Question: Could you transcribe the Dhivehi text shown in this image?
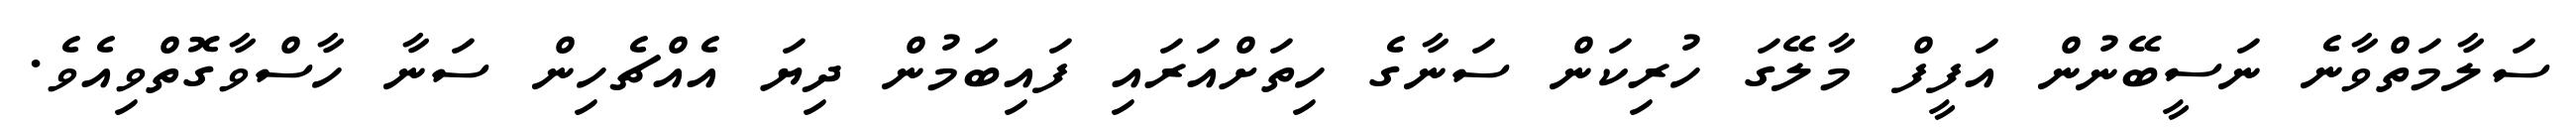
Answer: ސަލާމަތްވާނެ ނަސީބޭނުން އަފީފް މާލޭގަ ހުރިކަން ސަނާގެ ހިތަށްއަރައި ފައިބަމުން ދިޔަ އެއްޗެހިން ސަނާ ހާސްވާގޮތްވިއެވެ.